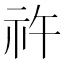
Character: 𥘪